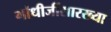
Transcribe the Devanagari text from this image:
गांधीजींसारख्या